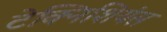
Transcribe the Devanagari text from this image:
टेक्निशियंस